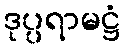
ဒုပ္ပရာမဋ္ဌံ